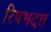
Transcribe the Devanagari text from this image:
रिषभदत्त